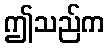
ဤသည်က